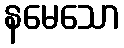
နမေသော